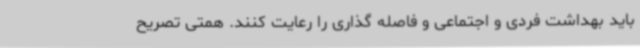
باید بهداشت فردی و اجتماعی و فاصله گذاری را رعایت کنند. همتی تصریح